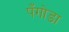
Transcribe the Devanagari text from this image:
पँगोडा